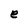
Character: e